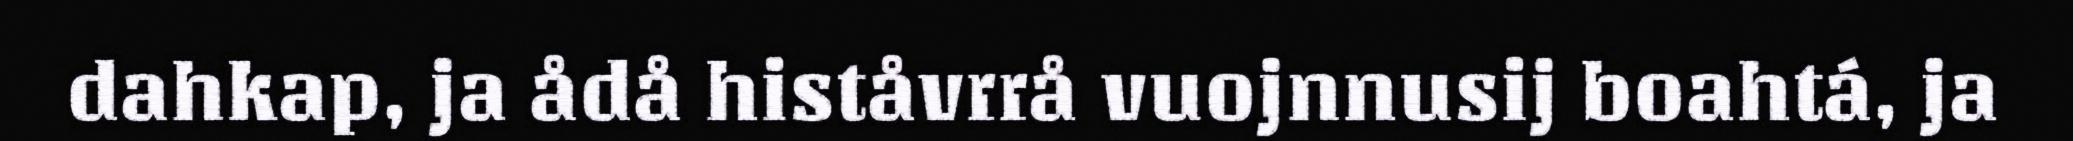
dahkap, ja ådå histåvrrå vuojnnusij boahtá, ja